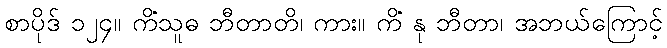
စာပိုဒ် ၁၂၄။ ကိံသူဓ ဘီတာတိ၊ ကား။ ကိံ နု ဘီတာ၊ အဘယ်ကြောင့်